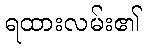
ရထားလမ်း၏